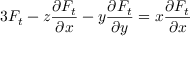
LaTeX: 3 F _ { t } - z { \frac { \partial F _ { t } } { \partial x } } - y { \frac { \partial F _ { t } } { \partial y } } = x { \frac { \partial F _ { t } } { \partial x } }